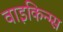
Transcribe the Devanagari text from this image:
वाइकिन्ग्स